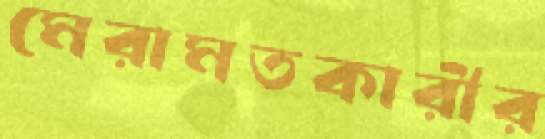
মেরামতকারীর